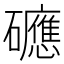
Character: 𥗡